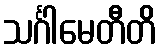
သင်္ဂါမေတီတိ